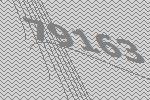
79163